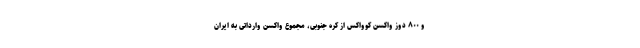
و ۸۰۰ دوز واکسن کوواکس از کره جنوبی، مجموع واکسن وارداتی به ایران